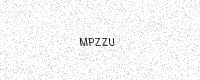
Text: MPZZU